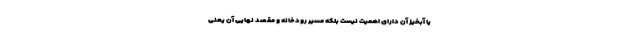
یا آبخیز آن دارای اهمیت نیست بلکه مسیر رودخانه و مقصد نهایی آن یعنی